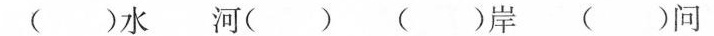
( )水 河( ) ( )岸 ( )问